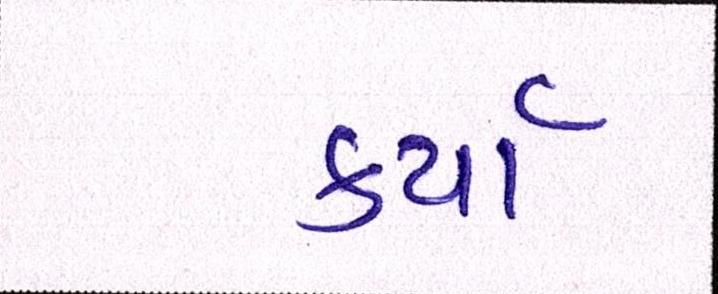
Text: કર્યા